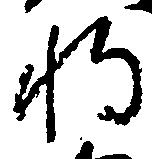
将